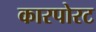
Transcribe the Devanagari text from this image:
कारपोरट